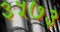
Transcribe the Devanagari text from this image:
३५७३